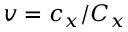
v = c _ { x } / C _ { x }